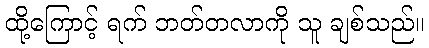
ထို့ကြောင့် ရက် ဘတ်တလာကို သူ ချစ်သည်။